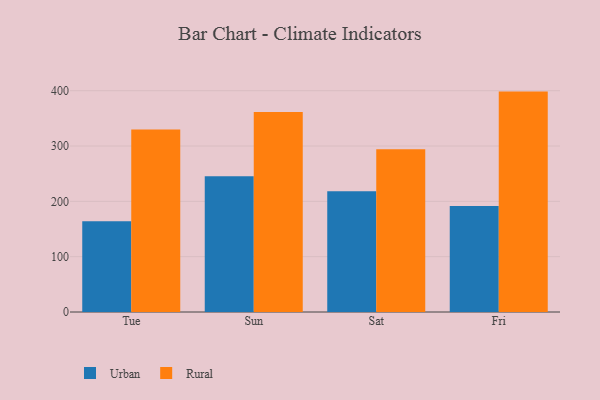
{"axis": {"x": "Day", "y": "Active Users"}, "legend": ["Rural", "Urban"], "data": [{"x": "Tue", "y": 164.0, "type": "Urban"}, {"x": "Tue", "y": 329.9, "type": "Rural"}, {"x": "Sun", "y": 245.3, "type": "Urban"}, {"x": "Sun", "y": 361.4, "type": "Rural"}, {"x": "Sat", "y": 218.4, "type": "Urban"}, {"x": "Sat", "y": 294.4, "type": "Rural"}, {"x": "Fri", "y": 191.4, "type": "Urban"}, {"x": "Fri", "y": 398.4, "type": "Rural"}]}